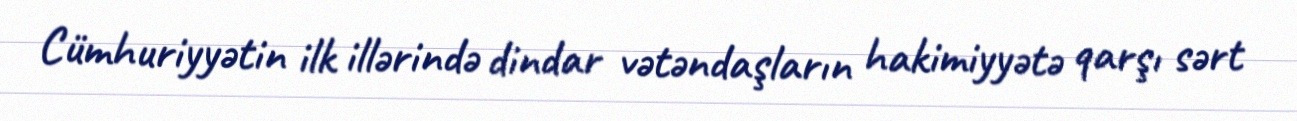
Cümhuriyyətin ilk illərində dindar vətəndaşların hakimiyyətə qarşı sərt